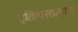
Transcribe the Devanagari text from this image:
इतिहासप्रमाणे